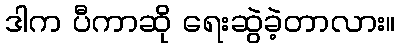
ဒါက ပီကာဆို ရေးဆွဲခဲ့တာလား။